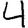
Digit: 4